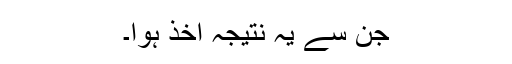
جن سے یہ نتیجہ اخذ ہوا۔